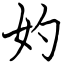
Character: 妁